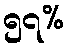
၅၇%